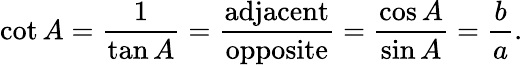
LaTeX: \cot A={\frac{1}{\tan A}}={\frac{\textrm{adjacent}}{\textrm{opposite}}}={\frac{\cos A}{\sin A}}={\frac{b}{a}}.